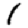
Digit: 1